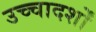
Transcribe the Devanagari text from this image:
उच्चादर्शों